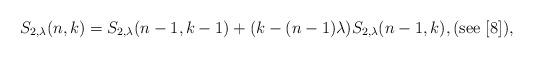
LaTeX: \begin{align*}S_{2,\lambda}(n,k)=S_{2,\lambda}(n-1,k-1)+(k-(n-1)\lambda)S_{2,\lambda}(n-1,k),(\mathrm{see}\ [8]),\end{align*}